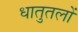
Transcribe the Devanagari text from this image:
धातुतलों